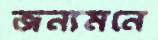
জন্যমনে